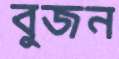
বুজন